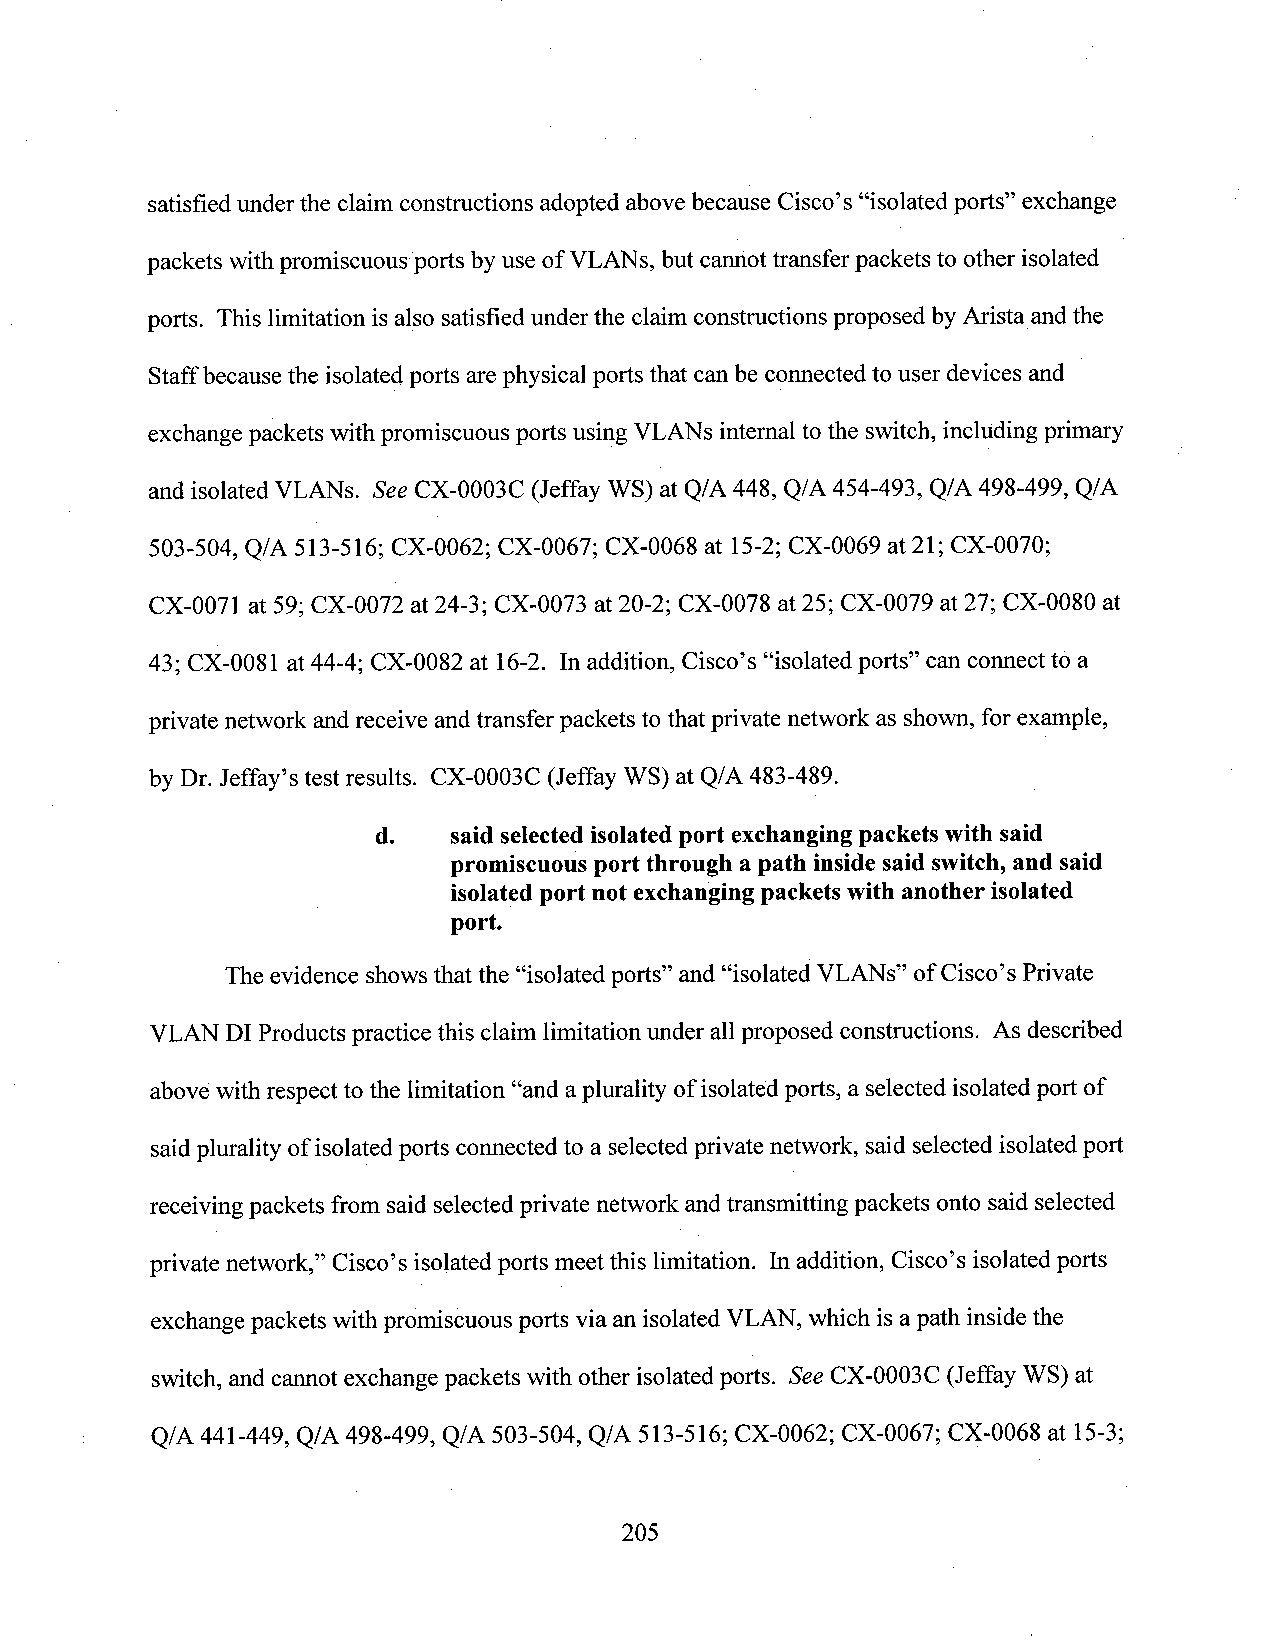
satisfied under the claim constructions adopted abovebecause Cisco’s “isolated ports” exchange
 packets with promiscuousports by use of VLANs,but cannottransfer packets to other isolated
 ports. This limitation isalso satisfied under the claim constructions proposed by Arista andthe
 Staffbecause the isolated ports arephysical ports that canbe connected to user devices and
 exchange packets with promiscuous ports usingVLANs internalto the switch, including primary
 and isolated VLANs. See CX-0003C (Jeffay WS) at Q/A 448, Q/A 454-493, Q/A 498-499, Q/A
 503-504, Q/A 513-516; CX-0062; CX-0067; CX-0068 at 15-2;CX-0069 at 21; CX-0070;
 CX-0071 at 59; CX-0072 at 24-3; CX-0073 at20-2; CX-0078 at25; CX-0079 at27; CX-0080 at
 43; CX-0081 at44-4; CX-0082 at 16-2. In addition, Cisco’s “isolated ports” can connect to a
 private network and receive andtransfer packets to thatprivate network as shown, for example,
 by Dr. Jeffay’s test results. CX-0003C (Jeffay WS) at Q/A 483-489.
 d.   said selectedisolated port exchanging packets with said
 promiscuous port through a path insidesaid switch,and said
 isolatedport not exchangingpackets with another isolated
 port.
 The evidence showsthat the “isolated ports” and “isolated VLANs” of Cisco’s Private
 VLAN DI Products practice this claim limitation under allproposed constructions. As described
 abovewith respect to the limitation “and aplurality of isolatedports, a selected isolatedport of
 saidplurality ofisolated ports comected to a selectedprivate network, said selectedisolated port
 receiving packets from said selected private network andtransmitting packets onto said selected
 private network,” Cisco’s isolated ports meet this limitation. In addition, Cisco’s isolated ports
 exchange packets with promiscuous ports via an isolatedVLAN, which is apath inside the
 switch, and cannot exchange packets with other isolated ports. See CX-0003C (Jeffay WS) at
 Q/A 441-449, Q/A 498-499, Q/A 503-504, Q/A 513-516; CX-0062; CX-0067; CX-0068 at 15-3;
 205